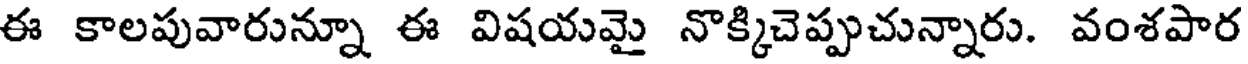
ఈ కాలపువారున్నూ ఈ విషయమై నొక్కిచెప్పుచున్నారు. వంశపార